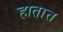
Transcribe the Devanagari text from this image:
हातात्त